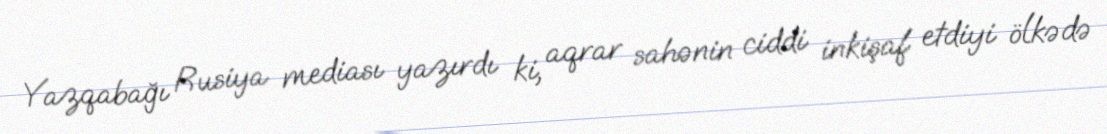
Yazqabağı Rusiya mediası yazırdı ki, aqrar sahənin ciddi inkişaf etdiyi ölkədə